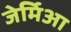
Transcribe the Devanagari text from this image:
जेर्मिआ